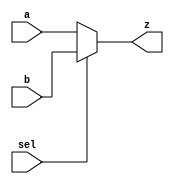
`timescale 1ns / 1ps
//////////////////////////////////////////////////////////////////////////////////
// Company: 
// Engineer: 
// 
// Design Name: 
// Module Name: mux_4_1_4b
// Project Name: 
// Target Devices: 
// Tool Versions: 
// Description: 
// 
// Dependencies: 
// 
// Revision:
// Revision 0.01 - File Created
// Additional Comments:
// 
//////////////////////////////////////////////////////////////////////////////////


module mux_2_1_4b(
    input [3:0] a,
    input [3:0] b,
    input sel,
    output [3:0] z
    );
    assign z = (sel) ? b: a;
endmodule